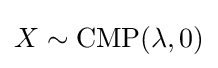
X\sim \mathrm {CMP} (\lambda ,0)